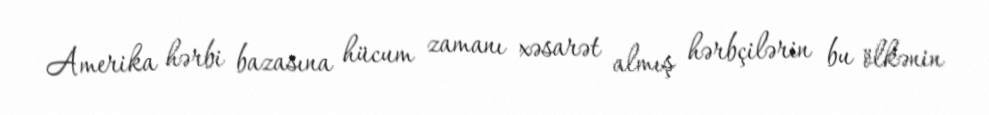
Amerika hərbi bazasına hücum zamanı xəsarət almış hərbçilərin bu ölkənin